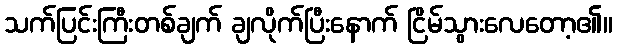
သက်ပြင်းကြီးတစ်ချက် ချလိုက်ပြီးနောက် ငြိမ်သွားလေတော့၏။